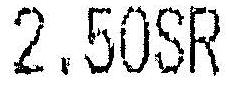
2.50SR